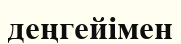
деңгейімен